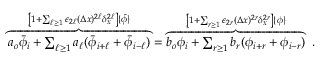
\begin{array} { r } { \overbrace { a _ { o } \bar { \phi } _ { i } + \sum _ { \ell \ge 1 } a _ { \ell } ( \bar { \phi } _ { i + \ell } + \bar { \phi } _ { i - \ell } ) } ^ { \left[ 1 + \sum _ { \ell \geq 1 } \epsilon _ { 2 \ell } ( \Delta x ) ^ { 2 \ell } \delta _ { x } ^ { 2 \ell } \right] \{ \bar { \phi } \} } = \overbrace { b _ { o } \phi _ { i } + \sum _ { r \ge 1 } b _ { r } ( \phi _ { i + r } + \phi _ { i - r } ) } ^ { \left[ 1 + \sum _ { r \geq 1 } \epsilon _ { 2 r } ( \Delta x ) ^ { 2 r } \delta _ { x } ^ { 2 r } \right] \{ \phi \} } \ . } \end{array}